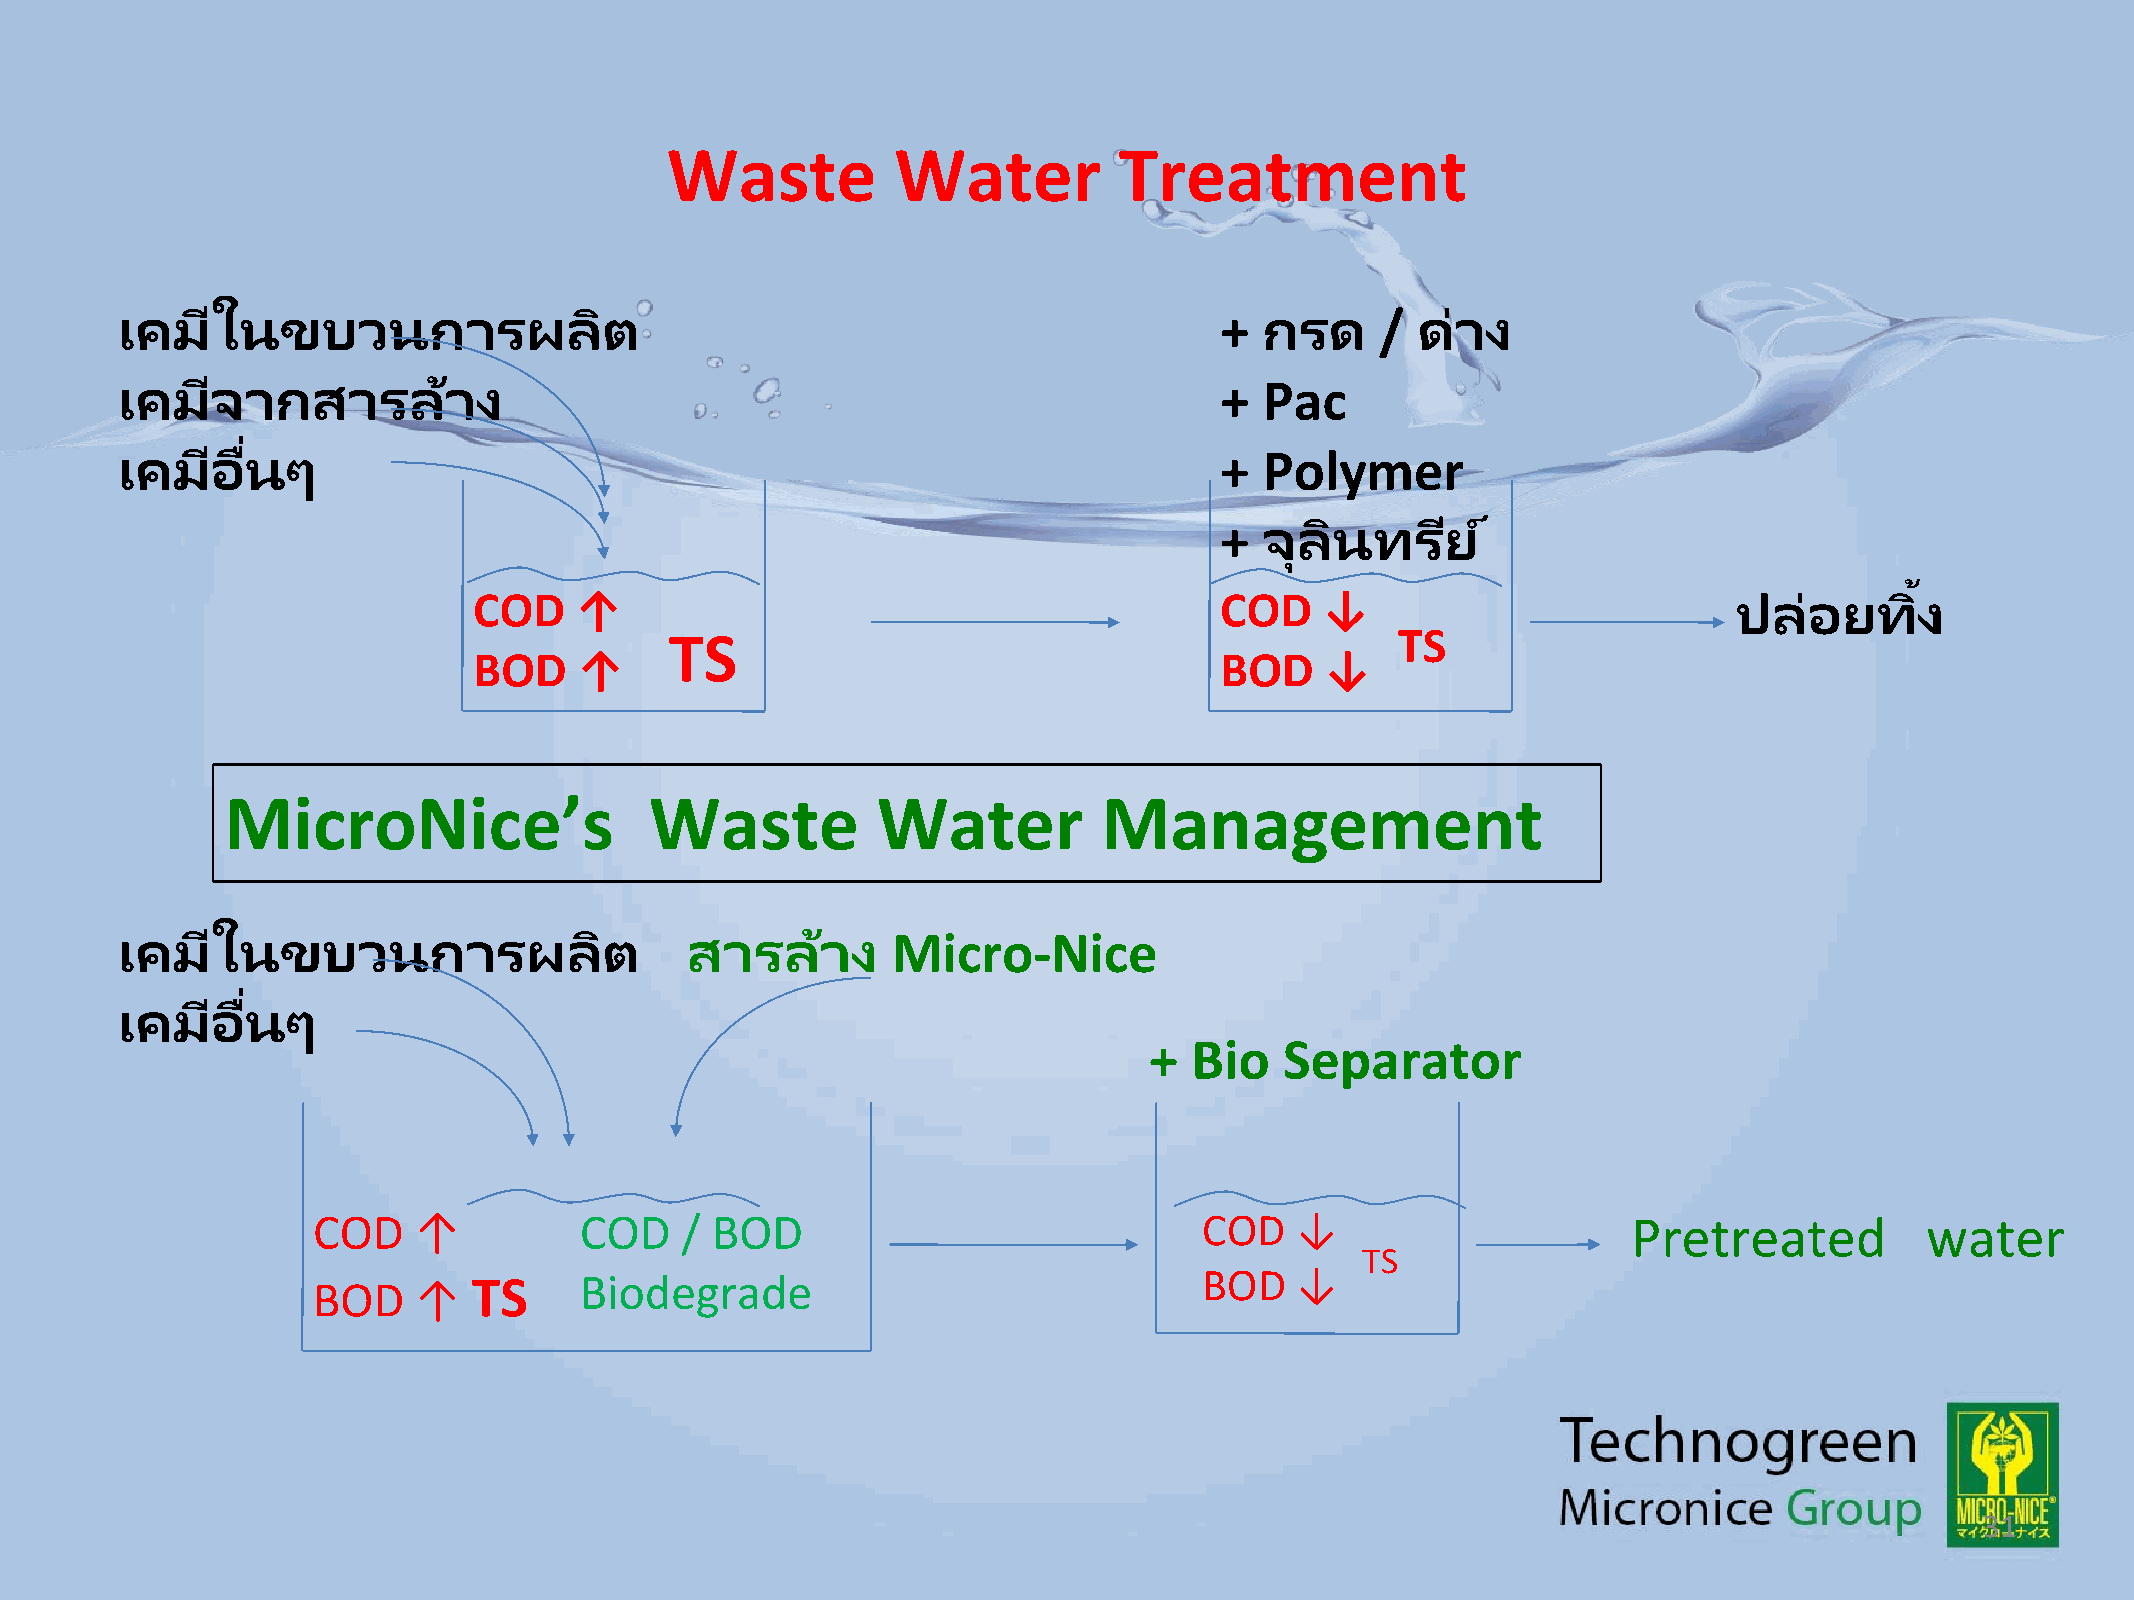
Waste          Water          Treatment
 เคมใี   นขบวนการผลติ                                                     +  กรด    /  ดา่ ง
 เคมจี   ากสารลา้        ง                                                +  Pac
 ่
 เคมอี   นื ๆ                                                             +  Polymer
 +  จุลนิ  ทรยี   ์
 ้
 COD    ↑                                          COD    ↓                          ปล่อยทงิ
 TS                                               TS
 BOD    ↑                                          BOD    ↓
 MicroNice’s                 Waste          Water          Management
 เคมใี   นขบวนการผลติ                 สารลา้     ง  Micro-Nice
 ่
 เคมอี   นื ๆ
 +  Bio   Separator
 COD   ↑          COD    / BOD                              COD   ↓                     Pretreated         water
 TS
 BOD   ↑   TS     Biodegrade                                BOD   ↓
 31